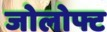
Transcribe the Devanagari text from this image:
जोलोफ्ट